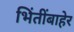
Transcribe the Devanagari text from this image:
भिंतींबाहेर